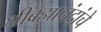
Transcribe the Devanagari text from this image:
श्रीब्रह्मानंदांचे